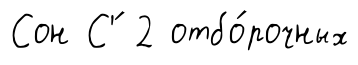
Сон С'́ 2 отбо́рочных